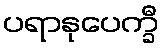
ပရာနုပေက္ခီ